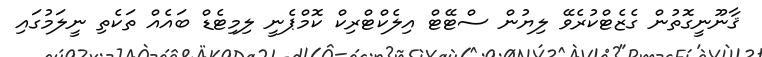
ޤާނޫނީގޮތުން ގެޒެޓްކުރެވޭ ލިޔުން ސްޓޭޓް އިލެކްޓްރިކް ކޮމްޕެނީ ލިމިޓެޑް ބައެއް ތަކެތި ނީލަމުގައި